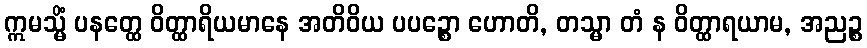
ဣမသ္မိံ ပနတ္ထေ ဝိတ္ထာရိယမာနေ အတိဝိယ ပပဉ္စော ဟောတိ, တသ္မာ တံ န ဝိတ္ထာရယာမ, အညဉ္စ